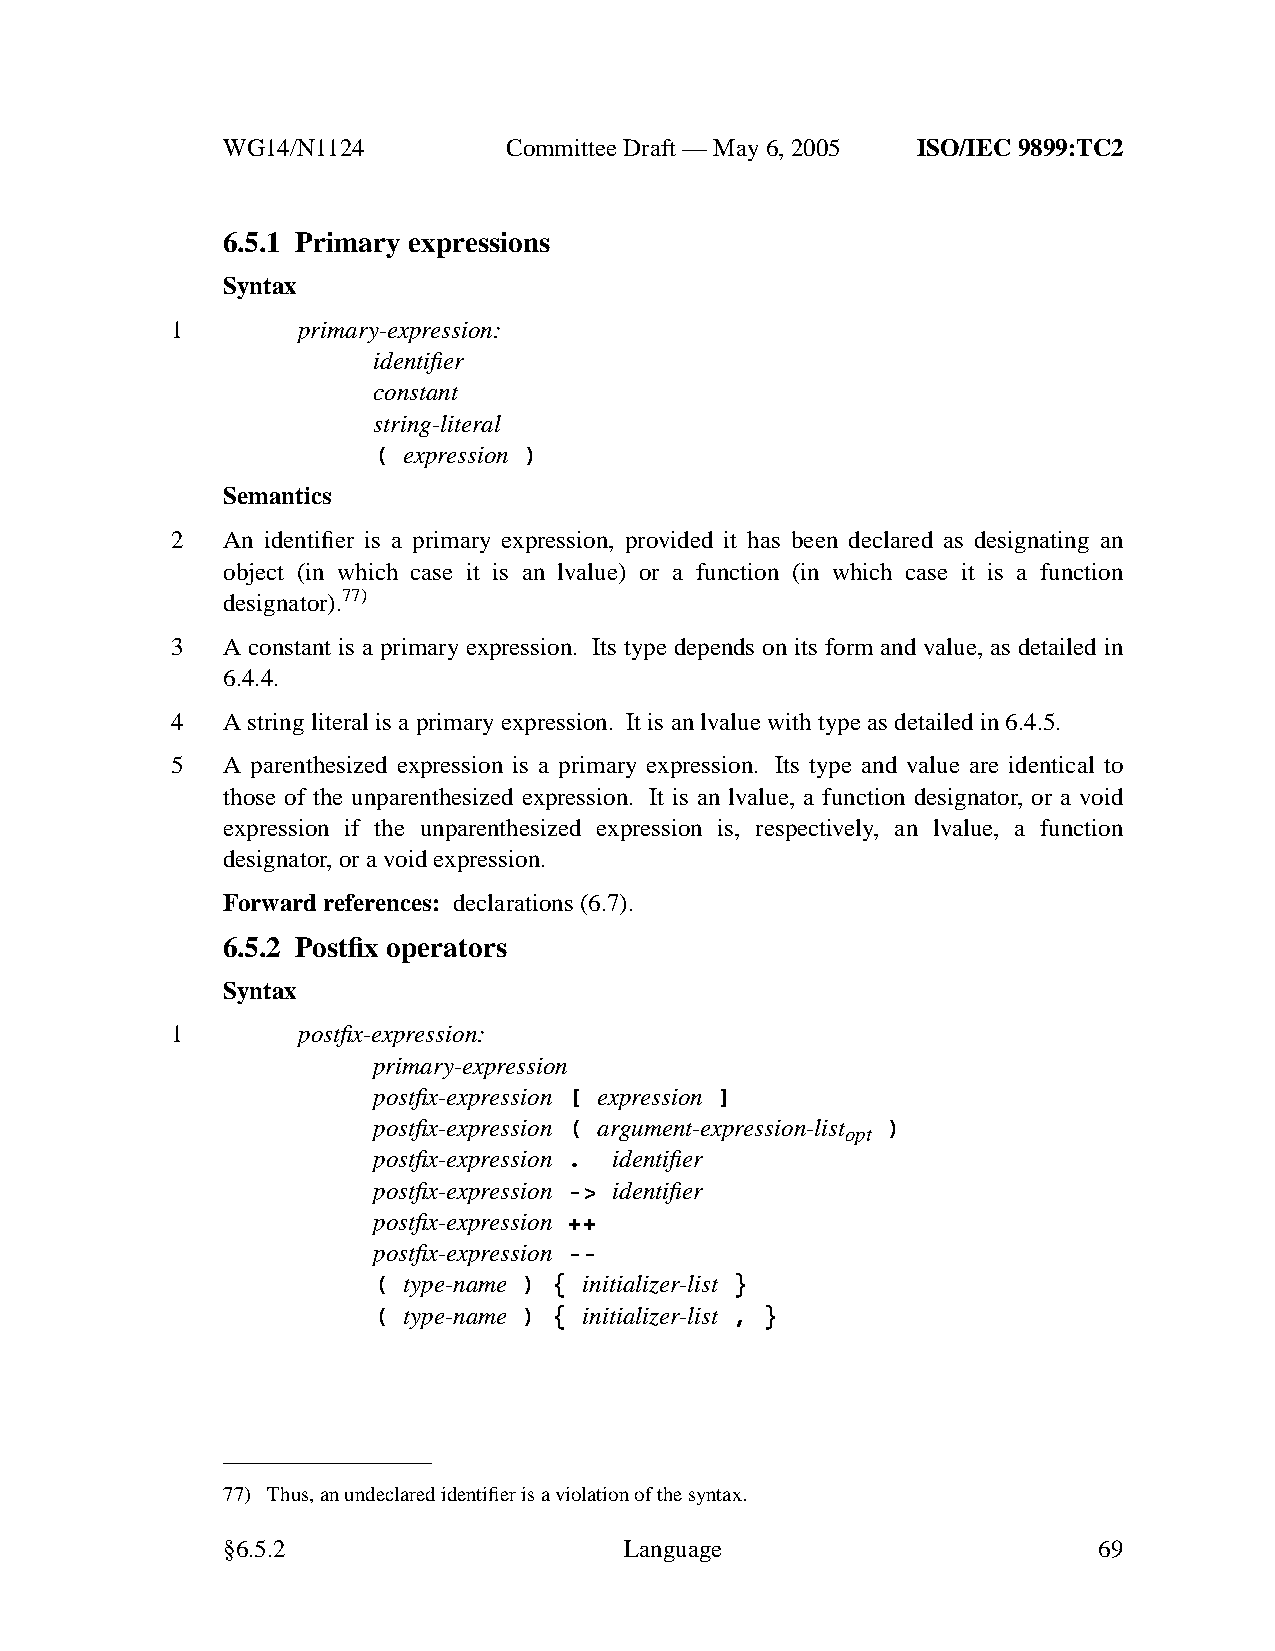
WG14/N1124        CommitteeDraft — May 6, 2005 ISO/IEC 9899:TC2
 6.5.1 Primary expressions
 Syntax
 1        primary-expression:
 identifier
 constant
 string-literal
 ( expression )
 Semantics
 2   An identifier is a primary expression, provided it has been declared as designating an
 object (in which case it is an lvalue) or a function (in which case it is a function
 designator).77)
 3   A constant is a primary expression. Its type depends on its form and value, as detailed in
 6.4.4.
 4   Astring literal is a primary expression. Itis an lvalue with type as detailed in 6.4.5.
 5   A parenthesized expression is a primary expression. Its type and value are identical to
 those of the unparenthesized expression. It is an lvalue, a function designator, or a void
 expression if the unparenthesized expression is, respectively, an lvalue, a function
 designator,ora void expression.
 Forward references: declarations (6.7).
 6.5.2 Postfix operators
 Syntax
 1        postfix-expression:
 primary-expression
 postfix-expression [ expression ]
 postfix-expression ( argument-expression-list )
 opt
 postfix-expression . identifier
 postfix-expression -> identifier
 postfix-expression ++
 postfix-expression --
 ( type-name ) { initializer-list }
 ( type-name ) { initializer-list , }
 77) Thus, an undeclared identifier is a violation of the syntax.
 §6.5.2                    Language                        69